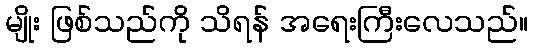
မျိုး ဖြစ်သည်ကို သိရန် အရေးကြီးလေသည်။